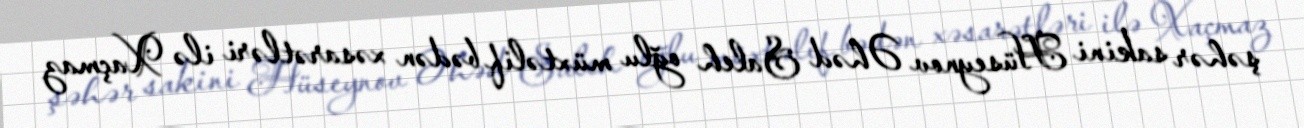
şəhər sakini Hüseynov Əhəd Saleh oğlu müxtəlif bədən xəsarətləri ilə Xaçmaz